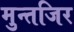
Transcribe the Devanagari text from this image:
मुन्तजिर